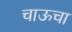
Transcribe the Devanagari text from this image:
चाऊचा